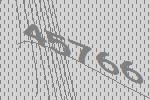
45766